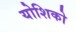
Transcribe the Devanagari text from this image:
योशिको